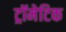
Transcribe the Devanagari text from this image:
ट्रॉमेटिक